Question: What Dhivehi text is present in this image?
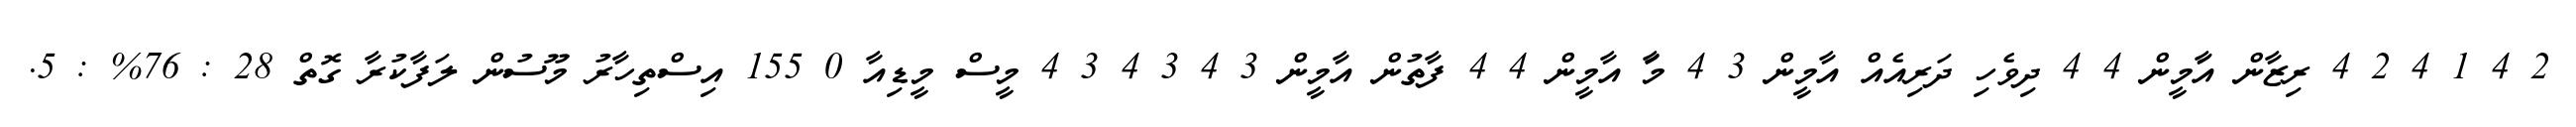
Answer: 2 4 1 4 2 4 ރިޒާން އަާމީން 4 4 ދިވެހި ދަރިއެއް އާމީން 3 4 މަާ އާމީން 4 4 ފާތުން އާމީން 3 4 3 4 3 4 މީސް މީޑިއާ 0 155 އިސްތިހާރު މޫސުން ލަފާކުރާ ގޮތް 28 : 76% : 5.